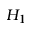
H _ { 1 }